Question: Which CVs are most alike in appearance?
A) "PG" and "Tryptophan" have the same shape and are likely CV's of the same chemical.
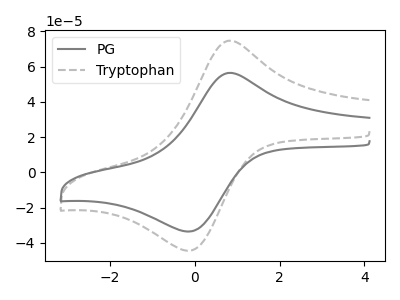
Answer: <think>The gray curve "PG" has an anodic peak at (0.80V, 56.40uA) and a cathodic peak at (-0.15V, -33.65uA). The gray dashed curve "Tryptophan" has an anodic peak at (0.80V, 74.70uA) and a cathodic peak at (-0.15V, -44.55uA).
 All the peaks in "PG" have a peak in "Tryptophan" at the same potential. Every peak in "PG" is lower than every peak in "Tryptophan".</think>
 <answer>A) "PG" and "Tryptophan" have the same shape and are likely CV's of the same chemical.</answer>
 <eval>A</eval>